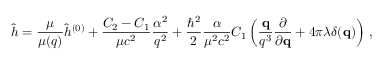
\hat { h } = \frac { \mu } { \mu ( q ) } \hat { h } ^ { ( 0 ) } + \frac { C _ { 2 } - C _ { 1 } } { \mu c ^ { 2 } } \frac { \alpha ^ { 2 } } { q ^ { 2 } } + \frac { \hbar ^ { 2 } } { 2 } \frac { \alpha } { \mu ^ { 2 } c ^ { 2 } } C _ { 1 } \left( \frac { { \bf q } } { q ^ { 3 } } \frac { \partial } { \partial { \bf q } } + 4 \pi \lambda \delta ( { \bf q } ) \right) \, ,